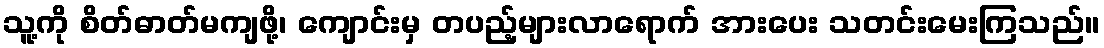
သူ့ကို စိတ်ဓာတ်မကျဖို့၊ ကျောင်းမှ တပည့်များလာရောက် အားပေး သတင်းမေးကြသည်။